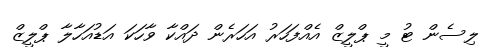
ލިސެން ޓު މީ ޕްލީޒް އެއްފަހަރު އަހަރެން ދައްކާ ވާހަކަ އަޑުއަހާލާ ޕްލީޒް